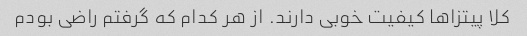
کلا پیتزاها کیفیت خوبی دارند. از هر کدام که گرفتم راضی بودم